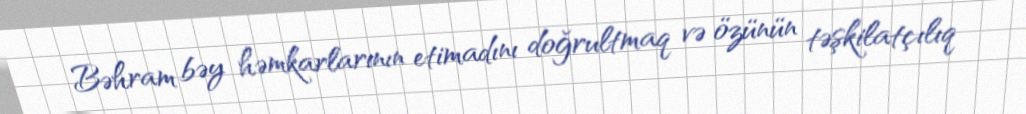
Bəhram bəy həmkarlarının etimadını doğrultmaq və özünün təşkilatçılıq